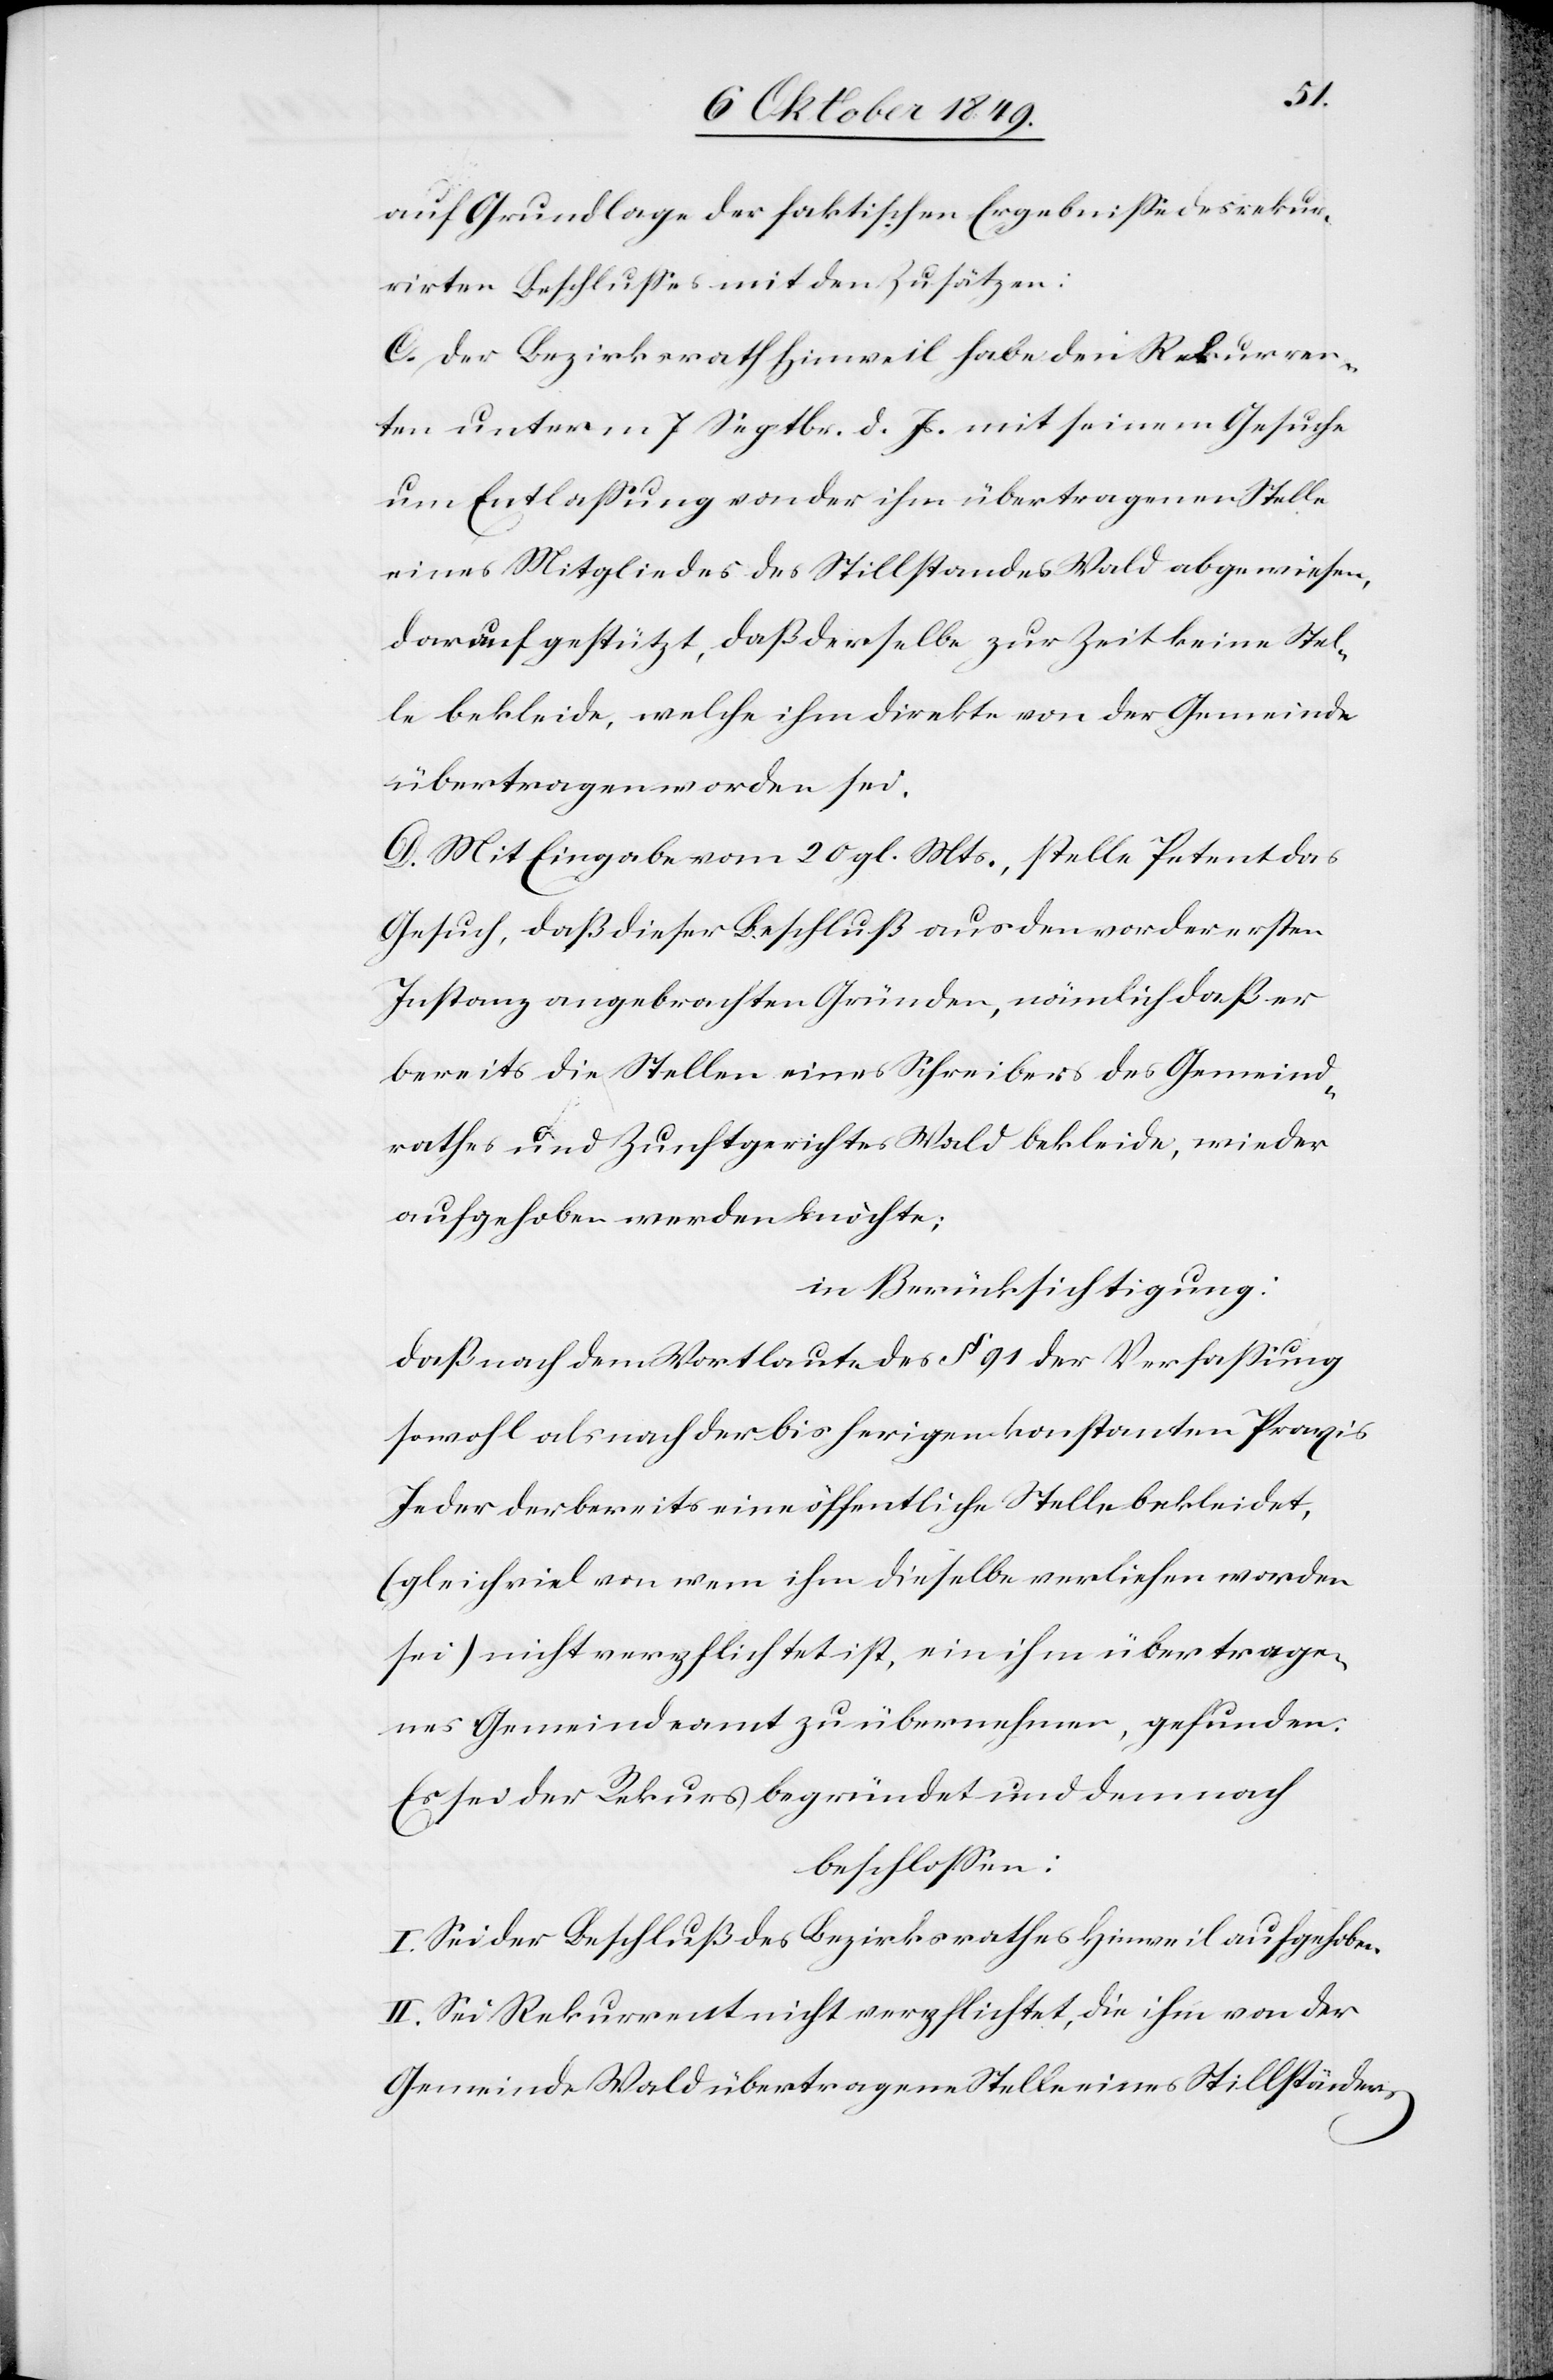
Grundlage der faktischen Ergebniße des rekur¬
rirten Beschlußes mit den Zusätzen:
C. Der Bezirksrath Hinweil habe den Rekurren¬
ten unterm 7 Septbr. d. Js. mit seinem Gesuche
um Entlaßung von der ihm übertragenen Stelle
eines Mitgliedes des Stillstandes Wald abgewiesen,
darauf gestützt, daß derselbe zur Zeit keine Stel¬
le bekleide, welche ihm direkte von der Gemeinde
übertragen worden sei.
D. Mit Eingabe vom 20 gl. Mts., stelle Petent das
Gesuch, daß dieser Beschluß aus den vor der ersten
Instanz angebrachten Gründen, nämlich daß er
bereits die Stellen eines Schreibers des Gemeind¬
rathes und Zunftgerichtes Wald bekleide, wieder
aufgehoben werden möchte;
in Berücksichtigung:
daß nach dem Wortlaute des § 91 der Verfaßung
sowohl als nach der bisherigen konstanten Praxis
Jeder der bereits eine öffentliche Stelle bekleidet,
(gleichviel von wem ihm dieselbe verliehen worden
sei) nicht verpflichtet ist, ein ihm übertrage¬
nes Gemeindeamt zu übernehmen, gefunden:
Es sei der Rekurs begründet und demnach
beschloßen:
I. Sei der Beschluß des Bezirksrathes Hinweil aufgehoben.
II. Sei Rekurrent nicht verpflichtet, die ihm von der
Gemeinde Wald übertragene Stelle eines Stillständers